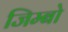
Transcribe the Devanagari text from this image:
जिम्बो